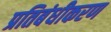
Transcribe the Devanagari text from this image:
प्रतिबंधीकरण